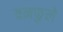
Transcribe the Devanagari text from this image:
वनफुले